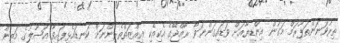
ތިރުވަނަންތަޕޫރަމް މަގުން އިންޑިޔާއަށް ވަޑައިގަންނަވާ ރާއްޖޭގެ އެކިއެކި ޢިއްޒަތްތެރިންނަށް ކަނޑައެޅިފައިވާ އުޞޫލުގެ މަތިން